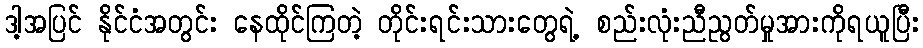
ဒါ့အပြင် နိုင်ငံအတွင်း နေထိုင်ကြတဲ့ တိုင်းရင်းသားတွေရဲ့ စည်းလုံးညီညွတ်မှုအားကိုရယူပြီး